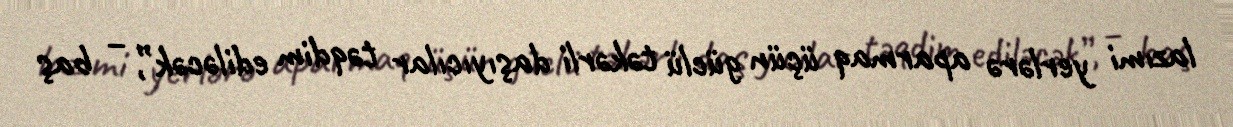
lazımi yerlərə aparmaq üçün güclü təkərli daşıyıcılar təqdim ediləcək”, – baş